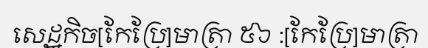
សេដ្ឋកិច[កែប្រែ]មាត្រា ៥៦ :[កែប្រែ]មាត្រា